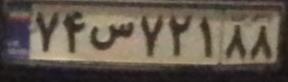
۷۴س۷۲۱۸۸